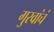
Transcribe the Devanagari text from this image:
गुरवांचं